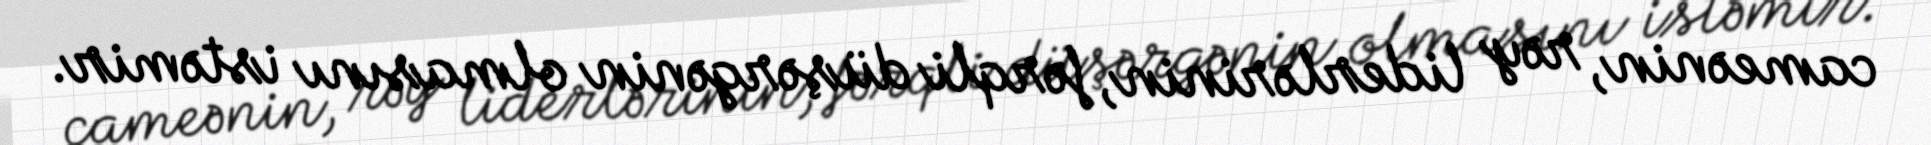
cameənin, rəy liderlərinin, fərqli düşərgənin olmasını istəmir.